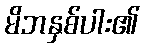
မိဘနှစ်ပါး၏